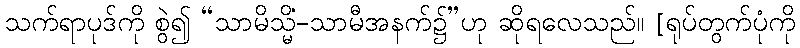
သက်ရာပုဒ်ကို စွဲ၍ “သာမိသ္မိံ-သာမီအနက်၌”ဟု ဆိုရလေသည်။ [ရုပ်တွက်ပုံကို